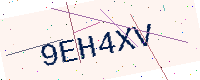
Text: 9EH4XV